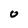
Character: 0